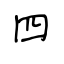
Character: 四